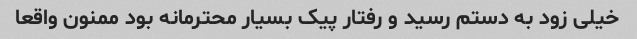
خیلی زود به دستم رسید و رفتار پیک بسیار محترمانه بود ممنون واقعا